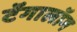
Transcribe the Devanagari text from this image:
टॅगालॉग